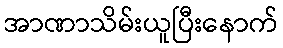
အာဏာသိမ်းယူပြီးနောက်